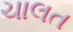
ચાલત